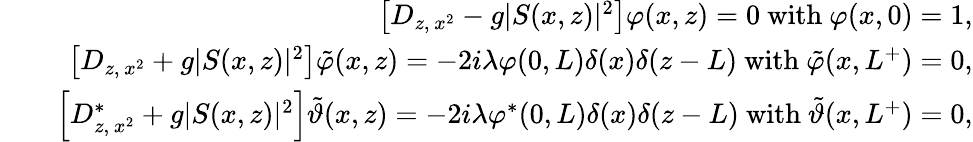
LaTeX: \begin{array}{rlr}&{}&{\left\lbrack D_{z,\, x^{2}}-g\vert S(x,z)\vert^{2}\right\rbrack\varphi(x,z)=0\ \mathrm{with}\ \varphi(x,0)=1,}\\ &{}&{\left\lbrack D_{z,\, x^{2}}+g\vert S(x,z)\vert^{2}\right\rbrack\tilde{\varphi}(x,z)=-2i\lambda\varphi(0,L)\delta(x)\delta(z-L)\ \mathrm{with}\ \tilde{\varphi}(x,L^{+})=0,}\\ &{}&{\left\lbrack D_{z,\, x^{2}}^{\ast}+g\vert S(x,z)\vert^{2}\right\rbrack\tilde{\vartheta}(x,z)=-2i\lambda\varphi^{\ast}(0,L)\delta(x)\delta(z-L)\ \mathrm{with}\ \tilde{\vartheta}(x,L^{+})=0,}\end{array}